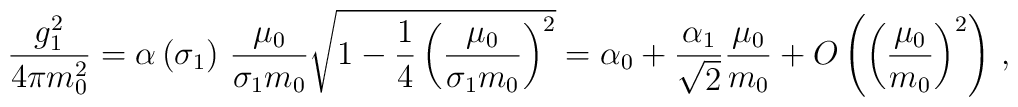
\frac{g_1^2}{4\pi m_0^2}=\alpha\left(\sigma_1\right)\,\frac{\mu_0}{\sigma_1m_0}\sqrt{1-\frac{1}{4}\left(\frac{\mu_0}{\sigma_1m_0}\right)^2}=\alpha_0+\frac{\alpha_1}{\sqrt{2}}\frac{\mu_0}{m_0}+O\left(\left(\frac{\mu_0}{ m_0}\right)^2\right)\,,